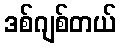
ဒစ်ဂျစ်တယ်